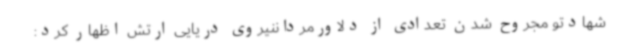
شهادتو مجروح شدن تعدادی از دلاورمرداننیروی دریایی ارتش اظهار کرد: